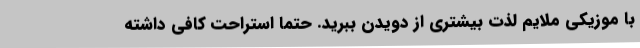
با موزیکی ملایم لذت بیشتری از دویدن ببرید. حتما استراحت کافی داشته